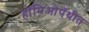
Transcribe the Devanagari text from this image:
होमिओपॅथीत